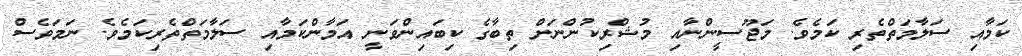
ކަމާއި ސަލާމަތްތެރި ކަމެވެ. މަޖޫސީންނާއި މުޝްރިކުންނަށް ތިބާގެ ކިބައިންވަނީ އަމާންކަމާއި ސަލާމަތްތެރިކަމެވެ. ނަމަވެސް